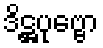
ဒိဋ္ဌပုဗ္ဗော